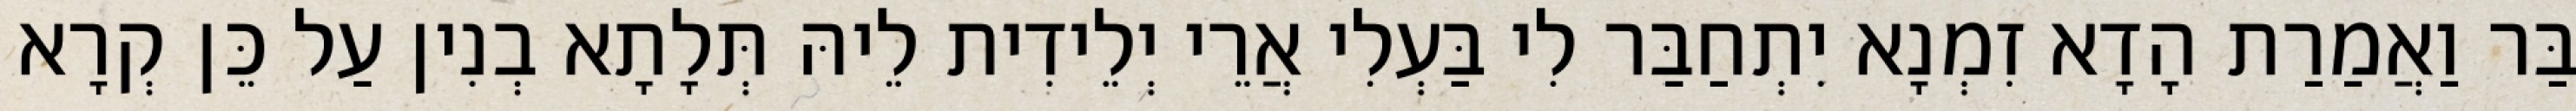
בַּר וַאֲמַרַת הָדָא זִמְנָא יִתְחַבַּר לִי בַּעְלִי אֲרֵי יְלֵידִית לֵיהּ תְּלָתָא בְנִין עַל כֵּן קְרָא